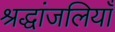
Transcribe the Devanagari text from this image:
श्रद्धांजलियाँ